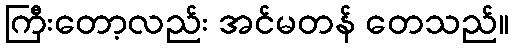
ကြီးတော့လည်း အင်မတန် တေသည်။